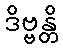
ဒိဗ္ဗန္တိ